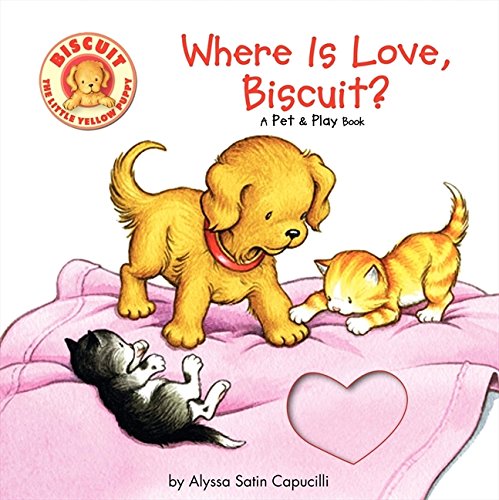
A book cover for Where Is Love, Biscuit?: A Pet & Play Book; Alyssa Satin Capucilli; Children's Books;